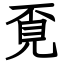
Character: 覔